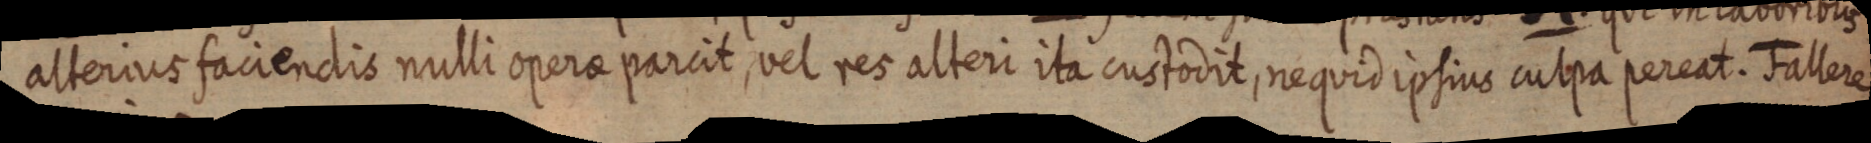
alterius faciendis nulli operae parcit, vel res alteri ita custodit, nequid ipsius culpa pereat. Fallere